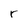
Character: r